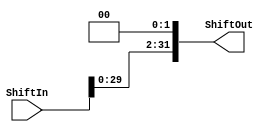
module ShiftLeft2 (
  input wire [31:0] ShiftIn,
	output reg [31:0] ShiftOut);

always @(*) 
	begin
		ShiftOut = ShiftIn << 2;
	end 
	
endmodule